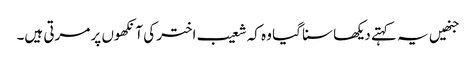
جنھیں یہ کہتے دیکھا سنا گیا وہ کہ شعیب اختر کی آنکھوں پر مرتی ہیں۔